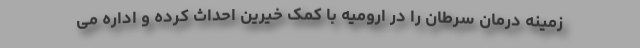
زمینه درمان سرطان را در ارومیه با کمک خیرین احداث کرده و اداره می